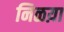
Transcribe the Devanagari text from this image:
निळय़ा